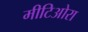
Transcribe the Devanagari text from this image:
मीटिओरा